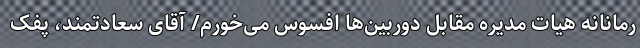
رمانانه هیات مدیره مقابل دوربین‌ها افسوس می‌خورم/ آقای سعادتمند، پفک